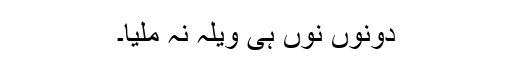
دونوں نوں ہی ویلہ نہ ملیا۔